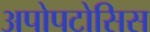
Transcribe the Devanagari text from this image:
अपोपटोसिस